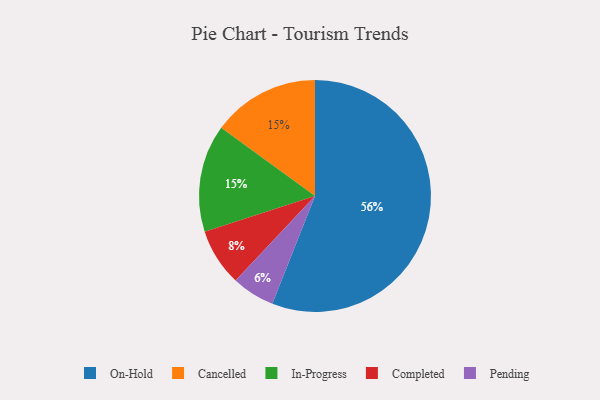
{"axis": {"x": "Category", "y": "Percentage"}, "legend": ["Cancelled", "Completed", "In-Progress", "On-Hold", "Pending"], "data": [{"x": "Cancelled", "y": 15, "type": "Cancelled"}, {"x": "In-Progress", "y": 15, "type": "In-Progress"}, {"x": "Pending", "y": 6, "type": "Pending"}, {"x": "Completed", "y": 8, "type": "Completed"}, {"x": "On-Hold", "y": 56, "type": "On-Hold"}]}